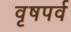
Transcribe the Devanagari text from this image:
वृषपर्व